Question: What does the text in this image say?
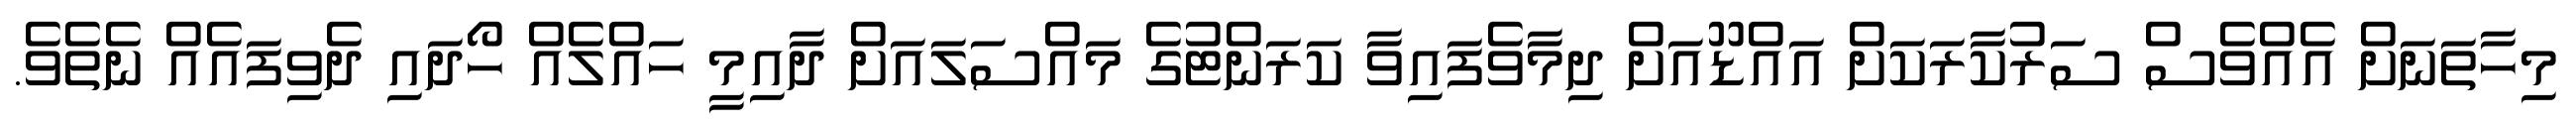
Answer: މިހާތަނަށް އެއްވެސް ސަރުކާރަކަށް އައްޑޫއަށް ދިމާވެފައިވާ ކަރަންޓުގެ މައްސަލައަށް ދާއިމީ ހައްލެއް ހޯދައި ދެވިފައެއް ނެތެވެ.